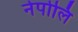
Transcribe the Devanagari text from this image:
नेपोलि